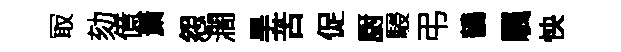
冣劾億䔥怨濶旱苦促厨駸弔鶴颿怏